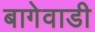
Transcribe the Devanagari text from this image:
बागेवाडी